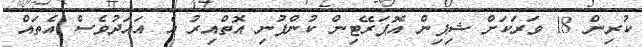
ކުރިން 18 ވަރަަކަށް ޝިޕިން އޮޕަރޭޓިން ކުންފުނި އޮތްއިރު އެ އައަދުވެސް އެތައް